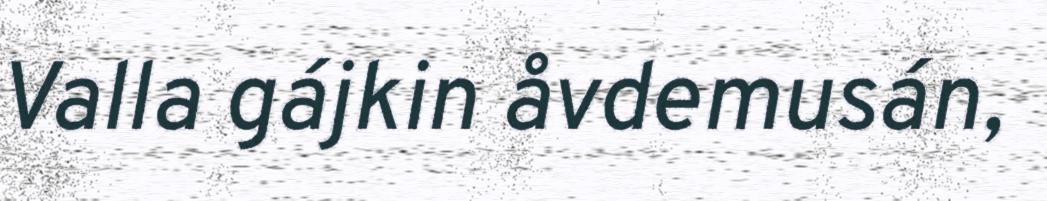
Valla gájkin åvdemusán,